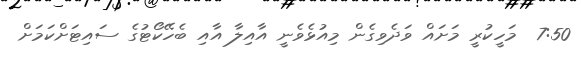
7:50  މަހީކުރީ މަށައް ވަދެވިގެން މިއުޅެވެނީ އާއިލާ އާއި ބެހޭކޯޓުގެ ސައިޓަށްކަމަށް